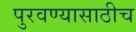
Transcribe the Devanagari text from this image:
पुरवण्यासाठीच